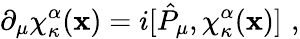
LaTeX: \partial_{\mu}\chi_{\kappa}^{\alpha}(\mathbf{x})=i[\hat{{P}}_{\mu},\chi_{\kappa}^{\alpha}(\mathbf{x})]\, \, ,